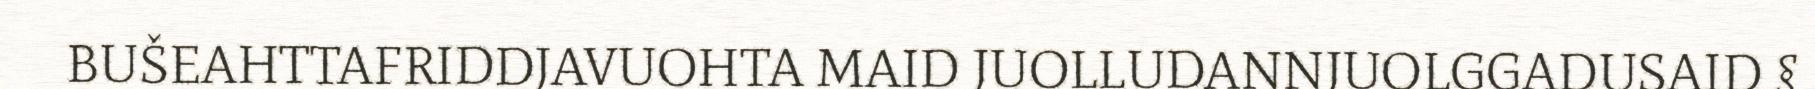
BUŠEAHTTAFRIDDJAVUOHTA MAID JUOLLUDANNJUOLGGADUSAID §